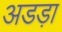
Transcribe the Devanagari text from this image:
अडड़ा